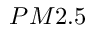
P M 2 . 5